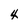
Character: 4